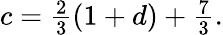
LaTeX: \begin{array}{r}{c=\frac{2}{3}(1+d)+\frac{7}{3}.}\end{array}